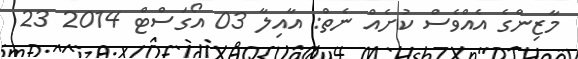
މާޒިންގެ އެއްވެސް ކުށެއް ނެތް: އާއިލާ 03 އޯގަސްޓް 2014 23